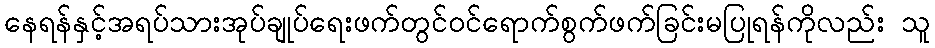
နေရန်နှင့်အရပ်သားအုပ်ချုပ်ရေးဖက်တွင်ဝင်ရောက်စွက်ဖက်ခြင်းမပြုရန်ကိုလည်း သူ